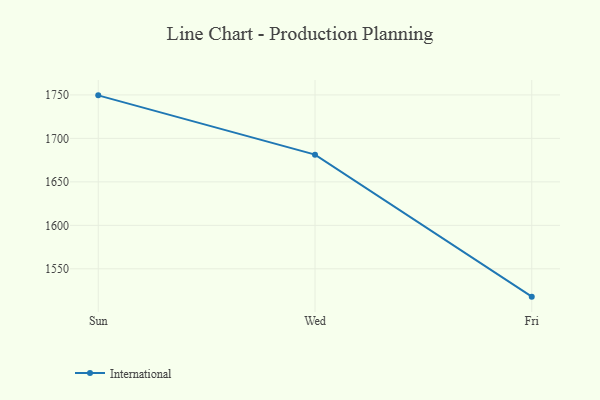
{"axis": {"x": "Day", "y": "Latency (ms)"}, "legend": ["International"], "data": [{"x": "Sun", "y": 1749.5, "type": "International"}, {"x": "Wed", "y": 1681.3, "type": "International"}, {"x": "Fri", "y": 1518.0, "type": "International"}]}